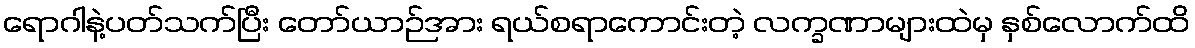
ရောဂါနဲ့ပတ်သက်ပြီး တော်ယာဉ်အား ရယ်စရာကောင်းတဲ့ လက္ခဏာများထဲမှ နှစ်လောက်ထိ